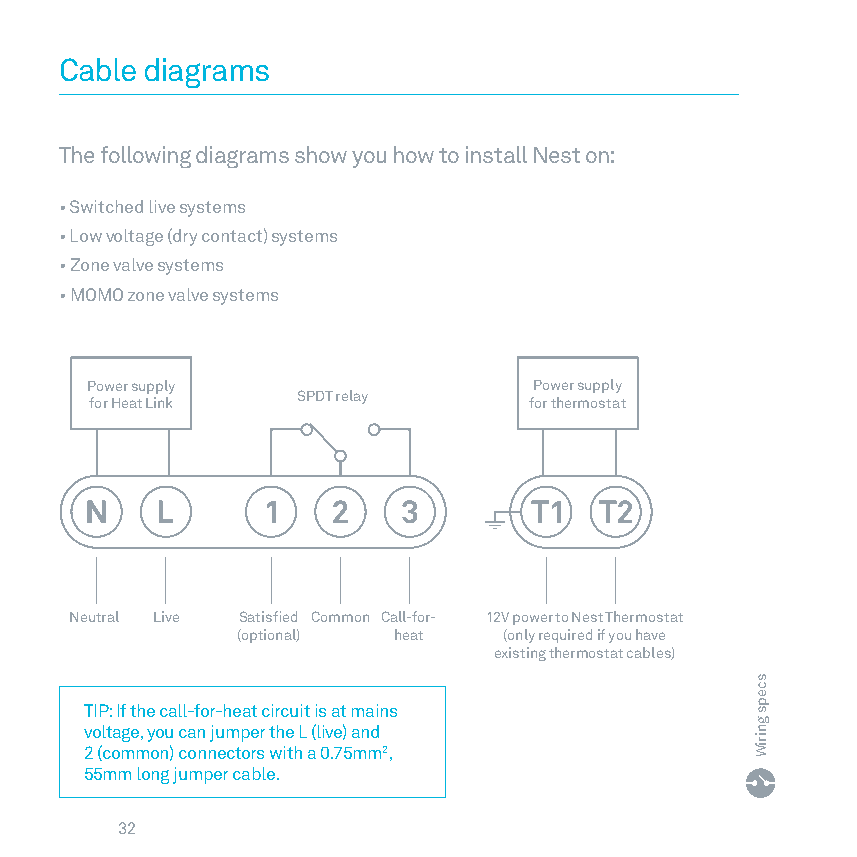
Cable diagrams
 The following diagrams show you how to install Nest on:
 • Switched live systems
 • Low voltage (dry contact) systems
 • Zone valve systems
 • MOMO zone valve systems
 Power supply                 Power supply
 SPDT relay
 for Heat Link                for thermostat
 Neutral Live Satisfied Common Call-for- 12V power to Nest Thermostat
 (optional) heat  (only required if you have
 existing thermostat cables)
 TIP: If the call-for-heat circuit is at mains
 voltage, you can jumper the L (live) and
 2 (common) connectors with a 0 75mm2,
 55mm long jumper cable
 32
 sceps
 gniriW